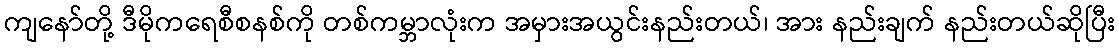
ကျနော်တို့ ဒီမိုကရေစီစနစ်ကို တစ်ကမ္ဘာလုံးက အမှားအယွင်းနည်းတယ်၊ အား နည်းချက် နည်းတယ်ဆိုပြီး